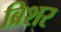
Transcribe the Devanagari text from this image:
ब्रिशर